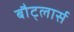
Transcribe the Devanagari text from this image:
बौट्लार्स